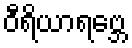
ဝီရိယာရဗ္ဘေ